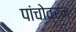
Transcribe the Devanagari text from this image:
पांचोव्रन